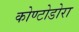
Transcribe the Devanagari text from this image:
कोण्टोडोरा